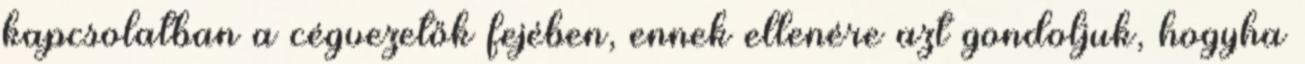
kapcsolatban a cégvezetők fejében, ennek ellenére azt gondoljuk, hogyha